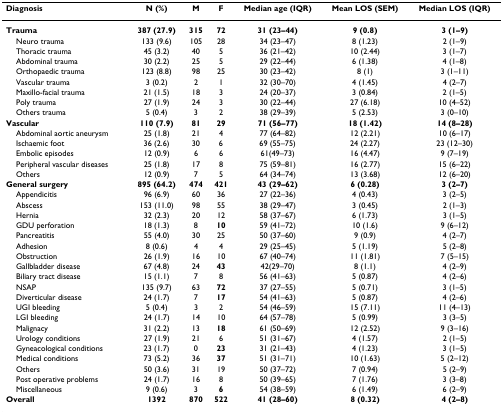
<table><thead><tr><td><b>Diagnosis</b></td><td><b>N (%)</b></td><td><b>M</b></td><td><b>F</b></td><td><b>Median age (IQR)</b></td><td><b>Mean LOS (SEM)</b></td><td><b>Median LOS (IQR)</b></td></tr></thead><tbody><tr><td><b>Trauma</b></td><td><b>387 (27.9)</b></td><td><b>315</b></td><td><b>72</b></td><td><b>31 (23–44)</b></td><td><b>9 (0.8)</b></td><td><b>3 (1–9)</b></td></tr><tr><td> Neuro trauma</td><td>133 (9.6)</td><td>105</td><td>28</td><td>34 (23–47)</td><td>8 (1.23)</td><td>2 (1–9)</td></tr><tr><td> Thoracic trauma</td><td>45 (3.2)</td><td>40</td><td>5</td><td>36 (21–42)</td><td>10 (2.44)</td><td>3 (1–7)</td></tr><tr><td> Abdominal trauma</td><td>30 (2.2)</td><td>25</td><td>5</td><td>29 (22–44)</td><td>6 (1.38)</td><td>4 (1–8)</td></tr><tr><td> Orthopaedic trauma</td><td>123 (8.8)</td><td>98</td><td>25</td><td>30 (23–42)</td><td>8 (1)</td><td>3 (1–11)</td></tr><tr><td> Vascular trauma</td><td>3 (0.2)</td><td>2</td><td>1</td><td>32 (30–70)</td><td>4 (1.45)</td><td>4 (2–7)</td></tr><tr><td> Maxillo-facial trauma</td><td>21 (1.5)</td><td>18</td><td>3</td><td>24 (20–37)</td><td>3 (0.84)</td><td>2 (1–5)</td></tr><tr><td> Poly trauma</td><td>27 (1.9)</td><td>24</td><td>3</td><td>30 (22–44)</td><td>27 (6.18)</td><td>10 (4–52)</td></tr><tr><td> Others trauma</td><td>5 (0.4)</td><td>3</td><td>2</td><td>38 (29–39)</td><td>5 (2.53)</td><td>3 (0–10)</td></tr><tr><td><b>Vascular</b></td><td><b>110 (7.9)</b></td><td><b>81</b></td><td><b>29</b></td><td><b>71 (56–77)</b></td><td><b>18 (1.42)</b></td><td><b>14 (8–28)</b></td></tr><tr><td> Abdominal aortic aneurysm</td><td>25 (1.8)</td><td>21</td><td>4</td><td>77 (64–82)</td><td>12 (2.21)</td><td>10 (6–17)</td></tr><tr><td> Ischaemic foot</td><td>36 (2.6)</td><td>30</td><td>6</td><td>69 (55–75)</td><td>24 (2.27)</td><td>23 (12–30)</td></tr><tr><td> Embolic episodes</td><td>12 (0.9)</td><td>6</td><td>6</td><td>61(49–73)</td><td>16 (4.47)</td><td>9 (7–19)</td></tr><tr><td> Peripheral vascular diseases</td><td>25 (1.8)</td><td>17</td><td>8</td><td>75 (59–81)</td><td>16 (2.77)</td><td>15 (6–22)</td></tr><tr><td> Others</td><td>12 (0.9)</td><td>7</td><td>5</td><td>64 (34–74)</td><td>13 (3.68)</td><td>12 (6–20)</td></tr><tr><td><b>General surgery</b></td><td><b>895 (64.2)</b></td><td><b>474</b></td><td><b>421</b></td><td><b>43 (29–62)</b></td><td><b>6 (0.28)</b></td><td><b>3 (2–7)</b></td></tr><tr><td> Appendicitis</td><td>96 (6.9)</td><td>60</td><td>36</td><td>27 (22–36)</td><td>4 (0.43)</td><td>3 (2–5)</td></tr><tr><td> Abscess</td><td>153 (11.0)</td><td>98</td><td>55</td><td>38 (29–47)</td><td>3 (0.45)</td><td>2 (1–3)</td></tr><tr><td> Hernia</td><td>32 (2.3)</td><td>20</td><td>12</td><td>58 (37–67)</td><td>6 (1.73)</td><td>3 (1–5)</td></tr><tr><td> GDU perforation</td><td>18 (1.3)</td><td>8</td><td><b>10</b></td><td>59 (41–72)</td><td>10 (1.6)</td><td>9 (6–12)</td></tr><tr><td> Pancreatitis</td><td>55 (4.0)</td><td>30</td><td>25</td><td>50 (37–60)</td><td>9 (0.9)</td><td>4 (2–7)</td></tr><tr><td> Adhesion</td><td>8 (0.6)</td><td>4</td><td>4</td><td>29 (25–45)</td><td>5 (1.19)</td><td>5 (2–8)</td></tr><tr><td> Obstruction</td><td>26 (1.9)</td><td>16</td><td>10</td><td>67 (40–74)</td><td>11 (1.81)</td><td>7 (5–15)</td></tr><tr><td> Gallbladder disease</td><td>67 (4.8)</td><td>24</td><td><b>43</b></td><td>42(29–70)</td><td>8 (1.1)</td><td>4 (2–9)</td></tr><tr><td> Biliary tract disease</td><td>15 (1.1)</td><td>7</td><td>8</td><td>56 (41–63)</td><td>5 (0.87)</td><td>4 (2–6)</td></tr><tr><td> NSAP</td><td>135 (9.7)</td><td>63</td><td><b>72</b></td><td>37 (27–55)</td><td>5 (0.71)</td><td>3 (1–5)</td></tr><tr><td> Diverticular disease</td><td>24 (1.7)</td><td>7</td><td><b>17</b></td><td>54 (41–63)</td><td>5 (0.87)</td><td>4 (2–6)</td></tr><tr><td> UGI bleeding</td><td>5 (0.4)</td><td>3</td><td>2</td><td>54 (46–59)</td><td>15 (7.11)</td><td>11 (4–13)</td></tr><tr><td> LGI bleeding</td><td>24 (1.7)</td><td>14</td><td>10</td><td>64 (57–78)</td><td>5 (0.99)</td><td>3 (3–5)</td></tr><tr><td> Malignacy</td><td>31 (2.2)</td><td>13</td><td><b>18</b></td><td>61 (50–69)</td><td>12 (2.52)</td><td>9 (3–16)</td></tr><tr><td> Urology conditions</td><td>27 (1.9)</td><td>21</td><td>6</td><td>51 (31–67)</td><td>4 (1.57)</td><td>2 (1–5)</td></tr><tr><td> Gyneacological conditions</td><td>23 (1.7)</td><td>0</td><td><b>23</b></td><td>31 (21–43)</td><td>4 (1.23)</td><td>3 (1–5)</td></tr><tr><td> Medical conditions</td><td>73 (5.2)</td><td>36</td><td><b>37</b></td><td>51 (31–71)</td><td>10 (1.63)</td><td>5 (2–12)</td></tr><tr><td> Others</td><td>50 (3.6)</td><td>31</td><td>19</td><td>50 (37–72)</td><td>7 (0.94)</td><td>5 (2–9)</td></tr><tr><td> Post operative problems</td><td>24 (1.7)</td><td>16</td><td>8</td><td>50 (39–65)</td><td>7 (1.76)</td><td>3 (3–8)</td></tr><tr><td> Miscellaneous</td><td>9 (0.6)</td><td>3</td><td><b>6</b></td><td>54 (38–59)</td><td>6 (1.49)</td><td>6 (2–9)</td></tr><tr><td><b>Overall</b></td><td><b>1392</b></td><td><b>870</b></td><td><b>522</b></td><td><b>41 (28–60)</b></td><td><b>8 (0.32)</b></td><td><b>4 (2–8)</b></td></tr></tbody></table>